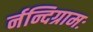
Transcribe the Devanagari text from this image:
र्नन्दिग्रामः